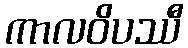
ကာလဝိပဿီ